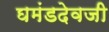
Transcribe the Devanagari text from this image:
घमंडदेवजी